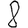
Digit: 8